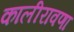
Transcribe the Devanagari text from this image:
कालीरावणा